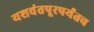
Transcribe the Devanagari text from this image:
यशवंतपूरपर्यंतच